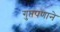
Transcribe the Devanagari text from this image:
गुप्तपणाने